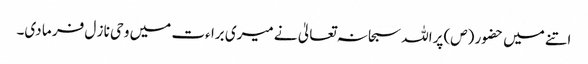
اتنے میں حضور (ص) پراللہ سبحا نہ تعالیٰ نے میری برا ءت میں و حی نا ز ل فر ما دی۔